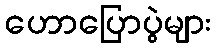
ဟောပြောပွဲများ